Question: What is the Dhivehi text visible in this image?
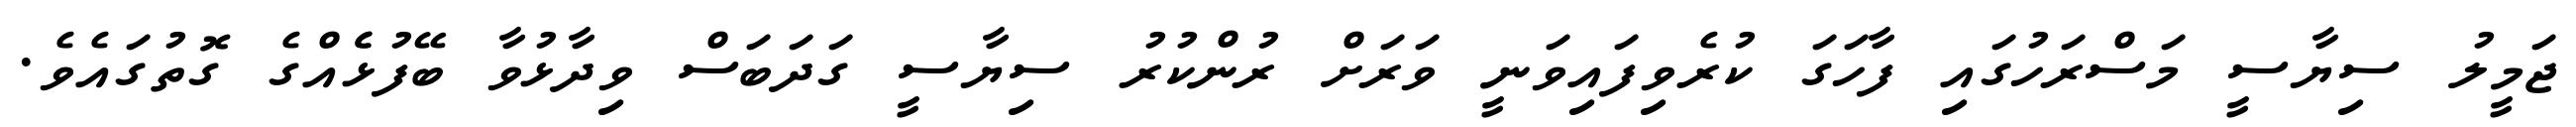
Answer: ޖަމީލު ސިޔާސީ މަސްރަހުގައި ފާހަގަ ކުރެވިފައިވަނީ ވަރަށް ރުންކުރު ސިޔާސީ ގަދަބަސް ވިދާޅުވާ ބޭފުޅެެއްގެ ގޮތުގައެވެ.